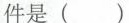
件是()